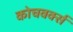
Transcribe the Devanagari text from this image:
कोचवर्क्स